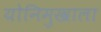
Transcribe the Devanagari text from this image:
योनिमुखाला